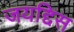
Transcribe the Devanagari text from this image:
जयद्दिस